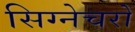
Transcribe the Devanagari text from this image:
सिग्नेचरों